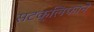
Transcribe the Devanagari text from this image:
सटक्लिफाने